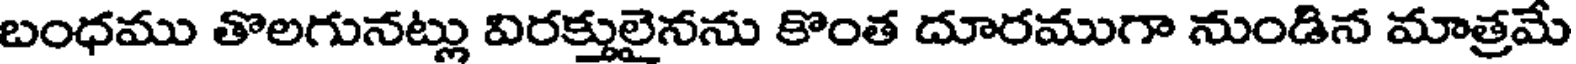
బంధము తొలగునట్లు విరక్తులైనను కొంత దూరముగా నుండిన మాత్రమే